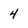
Character: 4